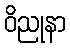
ဝိညုနာ